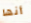
أنها